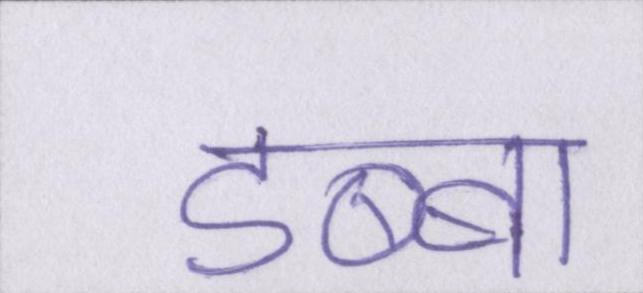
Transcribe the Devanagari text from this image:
डब्बा